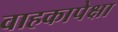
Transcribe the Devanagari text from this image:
वाहकापेक्षा